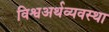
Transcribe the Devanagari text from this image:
विश्वअर्थव्यवस्था